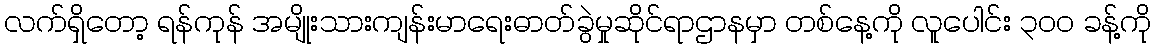
လက်ရှိတော့ ရန်ကုန် အမျိုးသားကျန်းမာရေးဓာတ်ခွဲမှုဆိုင်ရာဌာနမှာ တစ်နေ့ကို လူပေါင်း ၃၀၀ ခန့်ကို